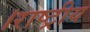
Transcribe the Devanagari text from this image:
।राष्ट्रीय